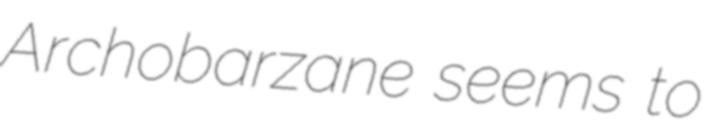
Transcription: Archobarzane seems to